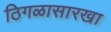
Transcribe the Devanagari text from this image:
ठिगळासारखा